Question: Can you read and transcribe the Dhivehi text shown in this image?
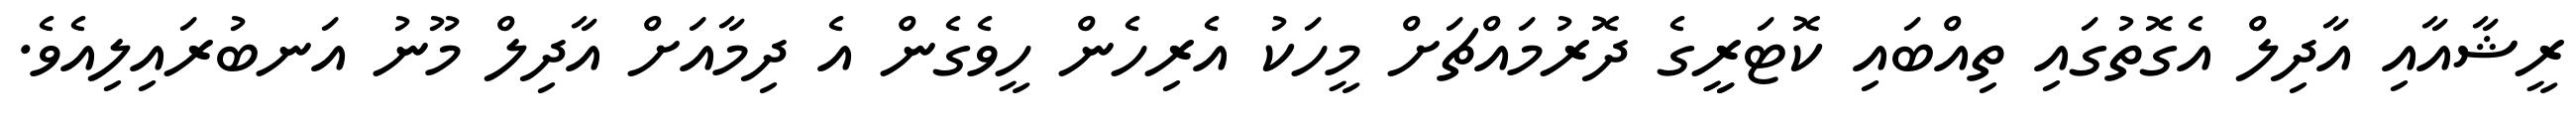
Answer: ރީޝާއާއި އާދިލް އެގޮތުގައި ތިއްބައި ކޮޓަރީީގެ ދޮރުމައްޗަށް މީހަކު އެރިހެން ހީވެގެން އެ ދިމާއަށް އާދިލް މޫނު އަނބުރައިލިއެވެ.